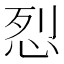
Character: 㤠